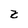
Character: Z